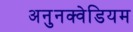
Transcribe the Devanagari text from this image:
अनुनक्वेडियम